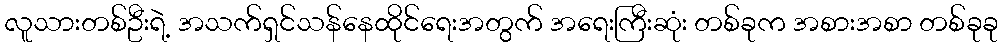
လူသားတစ်ဦးရဲ့ အသက်ရှင်သန်နေထိုင်ရေးအတွက် အရေးကြီးဆုံး တစ်ခုက အစားအစာ တစ်ခုခု